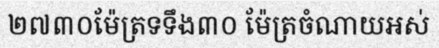
២៧៣០ម៉ែត្រទទឹង៣០ ម៉ែត្រចំណាយអស់